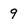
Character: 9